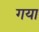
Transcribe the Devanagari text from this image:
गया